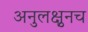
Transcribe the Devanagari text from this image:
अनुलक्षुनच